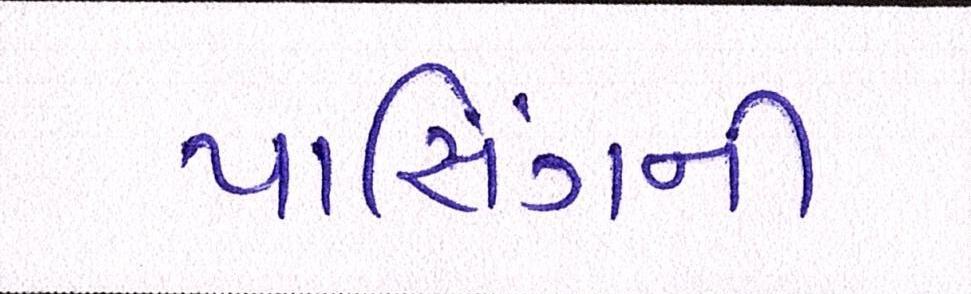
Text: પાસિંગની